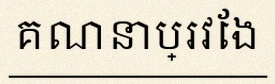
គណនាប្រវែង